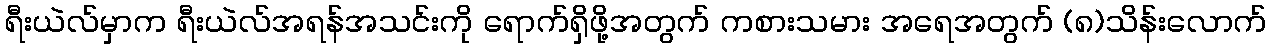
ရီးယဲလ်မှာက ရီးယဲလ်အရန်အသင်းကို ရောက်ရှိဖို့အတွက် ကစားသမား အရေအတွက် (၈)သိန်းလောက်